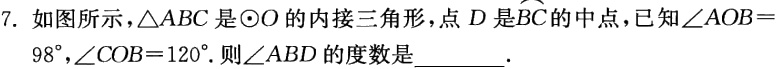
7. 如图所示，$\triangle ABC$是$\odot O$的内接三角形，点$D$是$\overset{\frown}{BC}$的中点，已知$\angle AOB = 98^{\circ},\angle COB = 120^{\circ}.$则$\angle ABD$的度数是  .